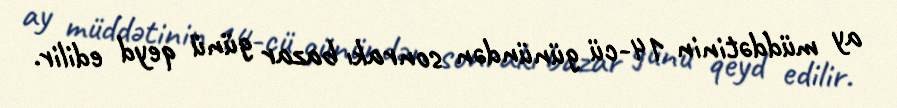
ay müddətinin 14-cü günündən sonrakı bazar günü qeyd edilir.